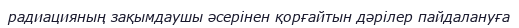
радиацияның зақымдаушы әсерінен қорғайтын дәрілер пайдалануға